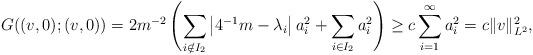
LaTeX: \begin{align*}G((v,0);(v,0))=2m^{-2}\left(\sum_{i\notin I_2 } \left| 4^{-1}m-\lambda_i \right| a_i^2+\sum_{i\in I_2 } a_i^2 \right) \geq c \sum_{i=1}^\infty a_i^2=c\|v\|^2_{L^2}, \end{align*}